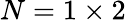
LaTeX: N=1\times 2